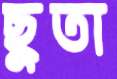
ছুতা